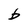
Character: b